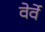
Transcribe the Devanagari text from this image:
वेर्वे